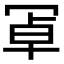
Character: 𭁸